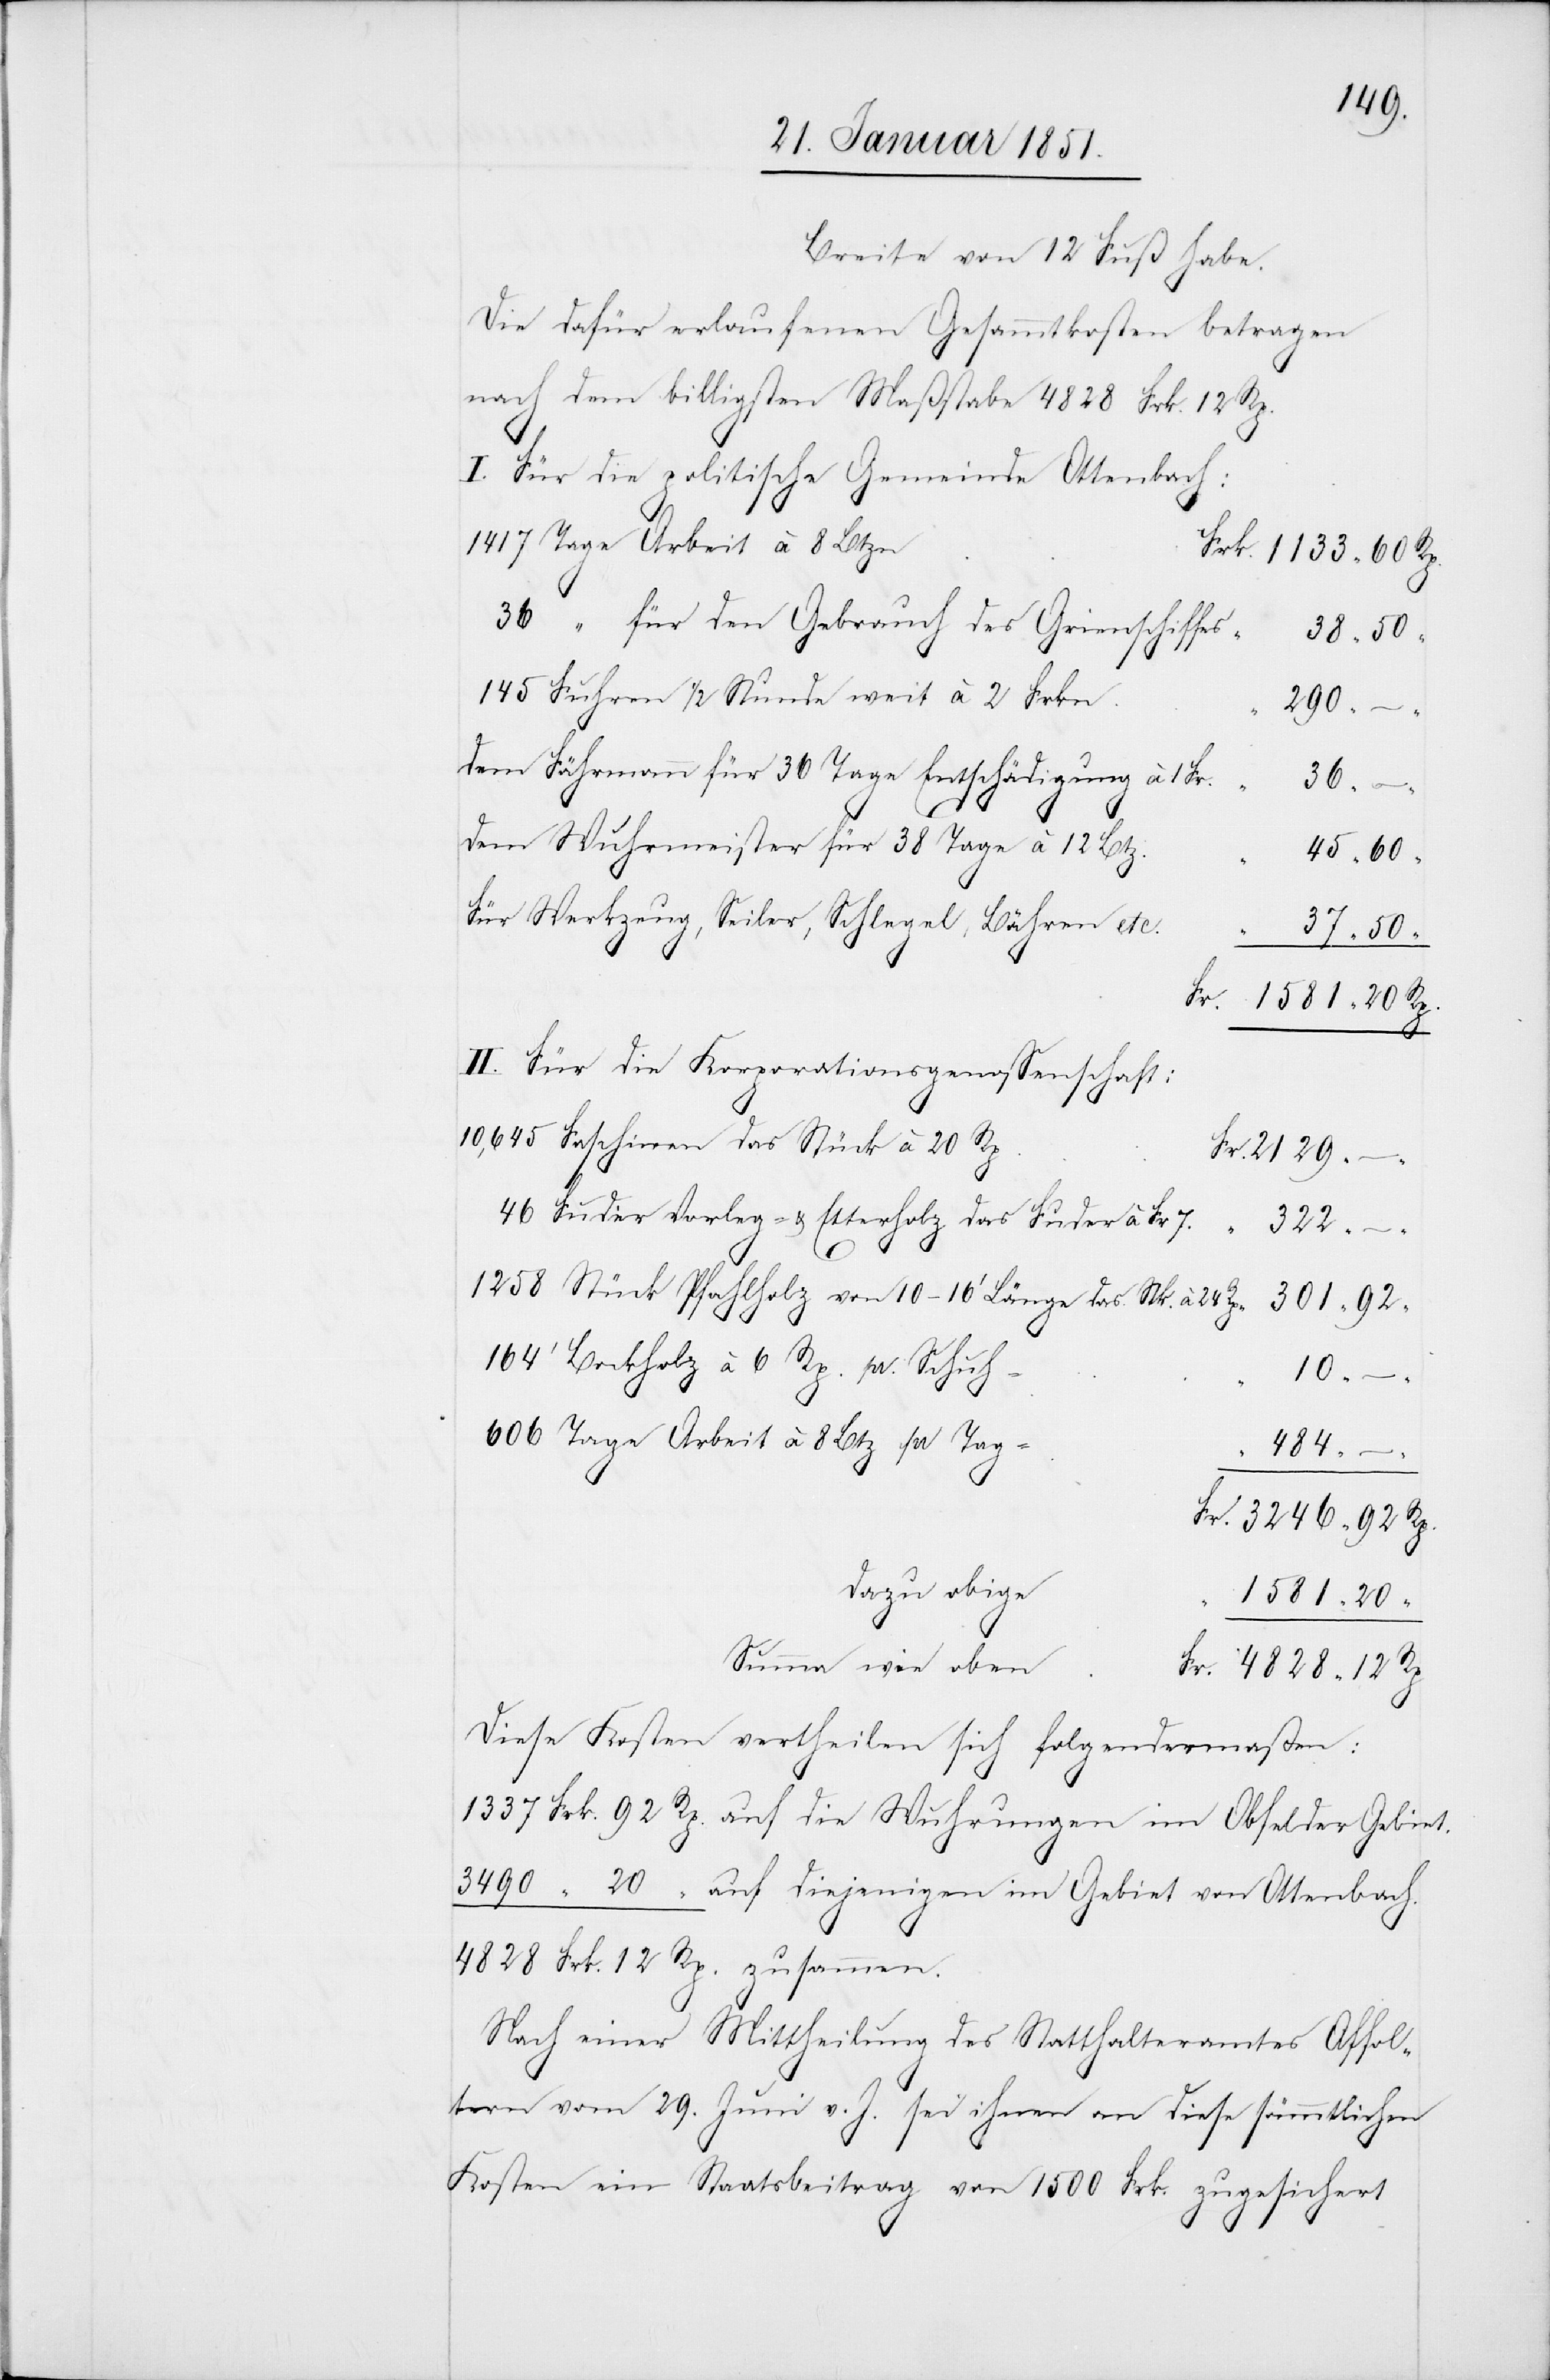
Breite von 12 Fuß habe.
Die dafür erlaufenen Gesammtkosten betragen
nach dem billigsten Maßstabe 4828 Frk. 12 Rp.
Für die politische Gemeinde Ottenbach:
1417 Tage Arbeit à 8 Btzn.
36 “ für den Gebrauch des Grienschiffes
Fr.
145 Fuhren 1/2 Stunde weit à 2 Frkn.
290
Dem Fährmann für 36 Tage Entschädigung à 1 Fr.
301
zusa¬
Dem Wuhrmeister für 38 Tage à 12 Btz.
Für Werkzeug, Seiler, Schlegel, Bähren etc.
Für die Korporationsgenossenschaft:
10,645 Faschinen das Stück à 20 Rp.
46 Fuder Vorleg- & Etterholz das Fuder à Fr. 7
322
–
12
1258 Stück Pfahlholz von 10–16‘ Länge das Stk. à 24
164‘ Bockholz à 6 Rp. pr. Schuh
10
606 Tage Arbeit à 8 Btz pr Tag
mmen.
484
–
Dazu obige
Summa wie oben
Diese Kosten vertheilen sich folgendermaßen:
auf diejenigen im Gebiet von Ottenbach.
Nach einer Mittheilung des Statthalteramtes Affol¬
tern vom 29. Juni v. J. sei ihnen an diese sämmtlichen
Kosten ein Staatsbeitrag von 1500 Frk. zugesichert